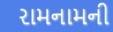
રામનામની